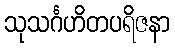
သုသင်္ဂဟိတပရိဇနာ